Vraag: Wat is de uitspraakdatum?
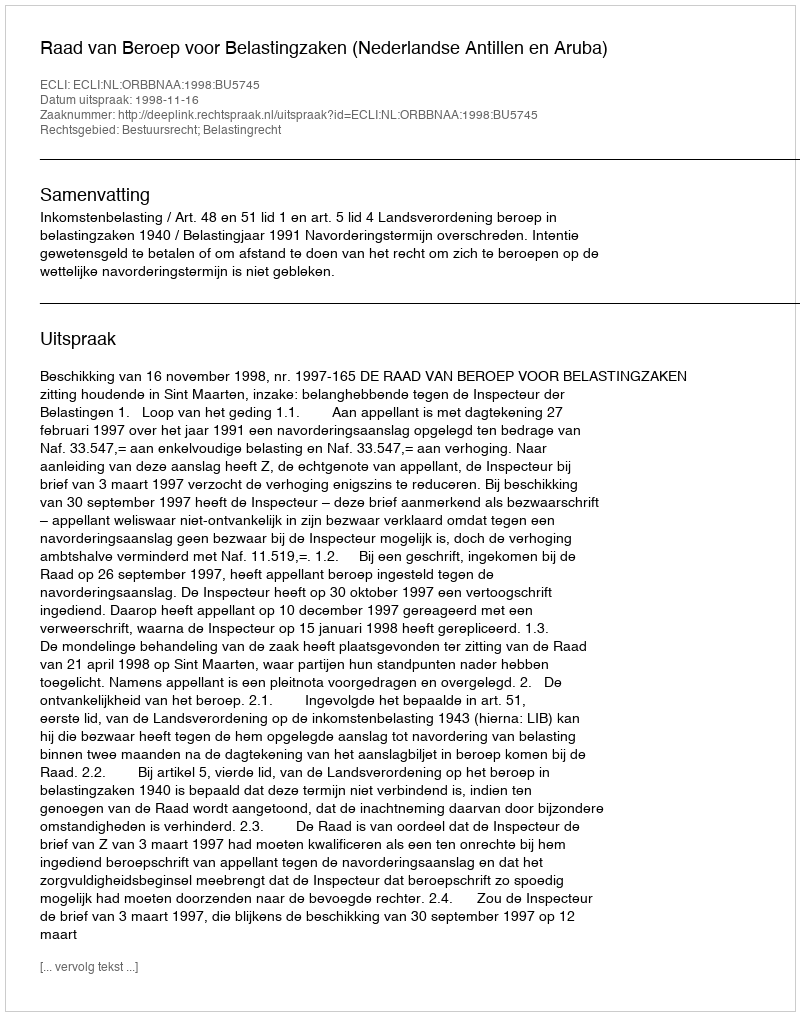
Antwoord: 1998-11-16